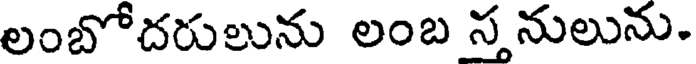
లంబోదరులును లంబ స్తనులును.